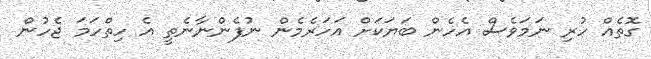
ގޮތެއް ހުރި ނަމަވެސް އެހެން ބަޔަކަށް އަހަރެމެން ނުފެންނާނެތީ އެ ހިތްހަމަ ޖެހުން